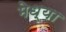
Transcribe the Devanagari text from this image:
मेध्या